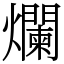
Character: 爛